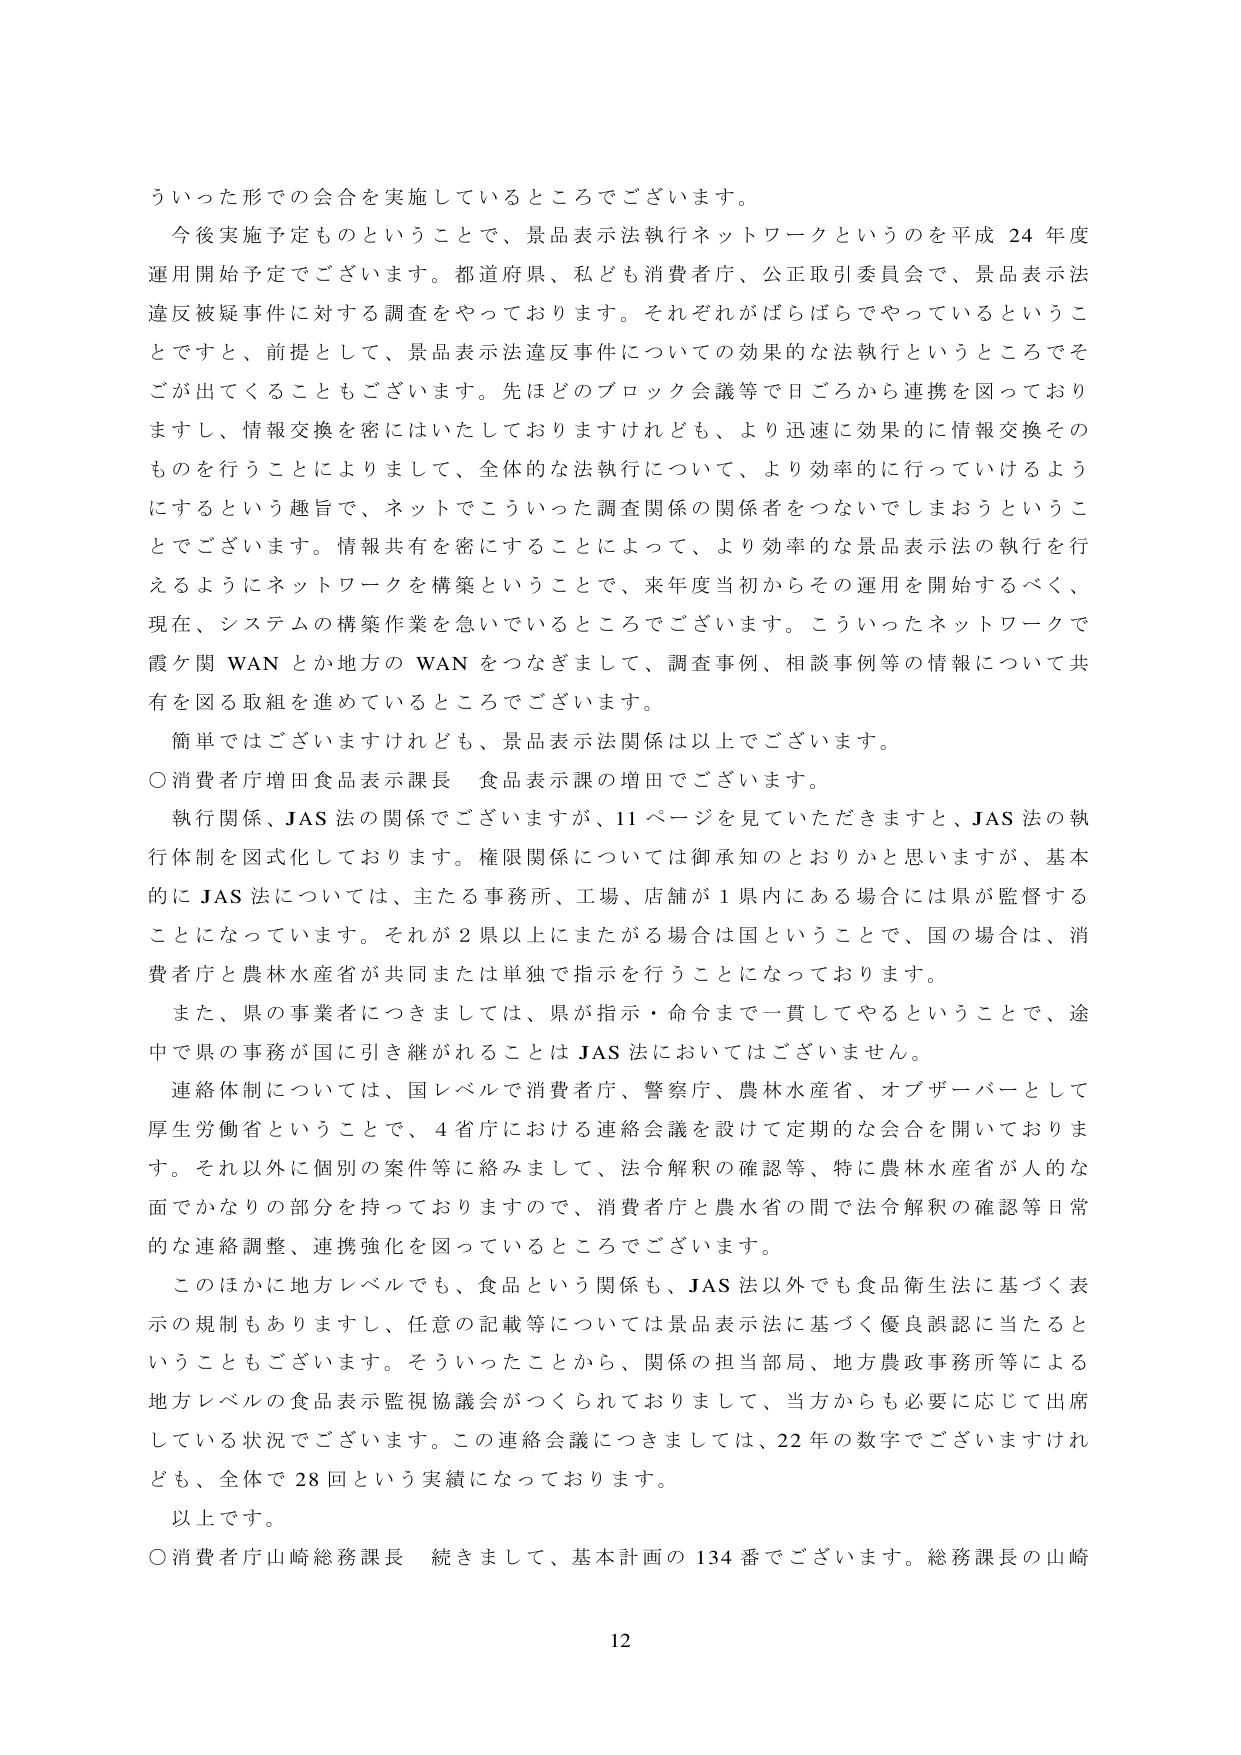
ういった形での会合を実施しているところでございます。

今後実施予定ものということで、景品表示法執行ネットワークというのを平成24年度運用開始予定でございます。都道府県、私ども消費者庁、公正取引委員会で、景品表示法違反被疑事件に対する調査をやっております。それぞれがばらばらでやっているということで、前提として、景品表示法違反事件についての効果的な法執行というところでそこが出てくることもございます。先ほどのブロック会議等で日ごろから連携を図っておりますし、情報交換を密にはいたしておりますけれども、より迅速に効果的に情報交換そのものを行うことによりまして、全体的な法執行について、より効率的に行っていけるようにするという趣旨で、ネットでこういった調査関係の関係者をつなないでしまおうということでございます。情報共有を密にすることによって、より効率的な景品表示法の執行を行えるようにネットワークを構築ということで、来年度当初からその運用を開始するべく、現在、システムの構築作業を急いでいるところでございます。こういったネットワークで霞ケ関WANとか地方のWANをつなぎまして、調査事例、相談事例等の情報について共有を図る取組を進めているところでございます。

簡単ではございますけれども、景品表示法関係は以上でございます。

○消費者庁増田食品表示課長 食品表示課の増田でございます。

執行関係、JAS法の関係でございますが、11ページを見ていただきますと、JAS法の執行体制を図式化しております。権限関係については御承知のとおりかと思いますが、基本的にJAS法については、主たる事務所、工場、店舗が1県内にある場合には県が監督することになっています。それが2県以上にまたがる場合は国ということで、国の場合、消費者庁と農林水産省が共同または単独で指示を行うことになっております。

また、県の事業者につきましては、県が指示・命令まで一貫してやるということで、途中で県の事務が国に引き継がれることはJAS法においてはございません。

連絡体制については、国レベルで消費者庁、警察庁、農林水産省、オブザーバーとして厚生労働省ということで、4省庁における連絡会議を設けて定期的な会合を開いております。それ以外に個別の案件等に絡みまして、法令解釈の確認等、特に農林水産省が人的な面でかなりの部分を持っておりますので、消費者庁と農水省の間で法令解釈の確認等日常的な連絡調整、連携強化を図っているところでございます。

このほかに地方レベルでも、食品という関係も、JAS法以外でも食品衛生法に基づく表示の規制もありますし、任意の記載等については景品表示法に基づく優良誤認に当たるということもあります。そういったことから、関係の担当部局、地方農政事務所等による地方レベルの食品表示監視協議会がつくられておりまして、当方からも必要に応じて出席している状況でございます。この連絡会議につきましては、22年の数字でございますけれども、全体で28回という実績になっております。

以上です。

○消費者庁山崎総務課長 続きまして、基本計画の134番でございます。総務課長の山崎

12